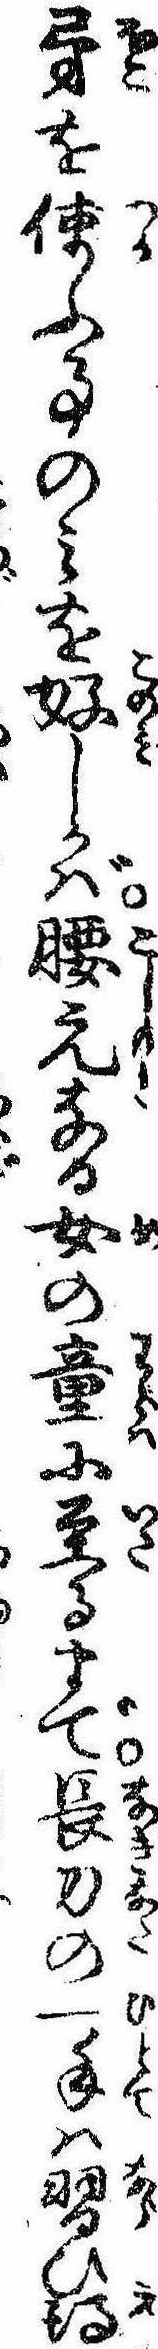
矛を使ふ事のみを好しかば腰元なる女の童に至るまで長刀の一手は習ひ得